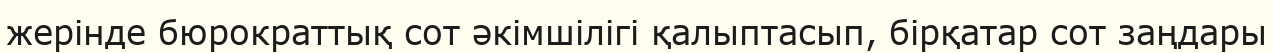
жерінде бюрократтық сот әкімшілігі қалыптасып, бірқатар сот заңдары